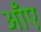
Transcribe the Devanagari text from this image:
आँए